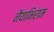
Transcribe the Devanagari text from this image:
नैयाभिराम